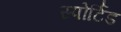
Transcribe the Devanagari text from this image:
स्पोर्टिड